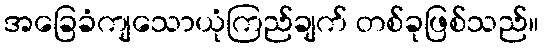
အခြေခံကျသောယုံကြည်ချက် တစ်ခုဖြစ်သည်။